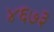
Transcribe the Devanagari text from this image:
४६७३